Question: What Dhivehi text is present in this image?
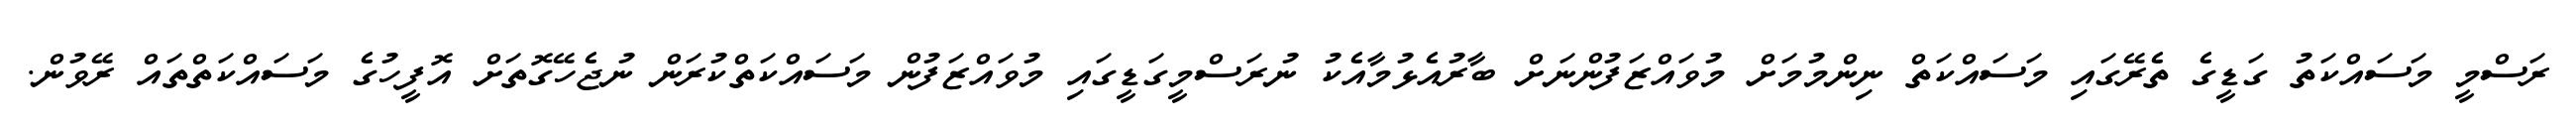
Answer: ރަސްމީ މަސައްކަތު ގަޑީގެ ތެރޭގައި މަސައްކަތް ނިންމުމަށް މުވައްޒަފުންނަށް ބާރުއެޅުމާއެކު ނުރަސްމީގަޑީގައި މުވައްޒަފުން މަސައްކަތްކުރަން ނުޖެހޭގޮތަށް އޮފީހުގެ މަސައްކަތްތައް ރޭވުން.